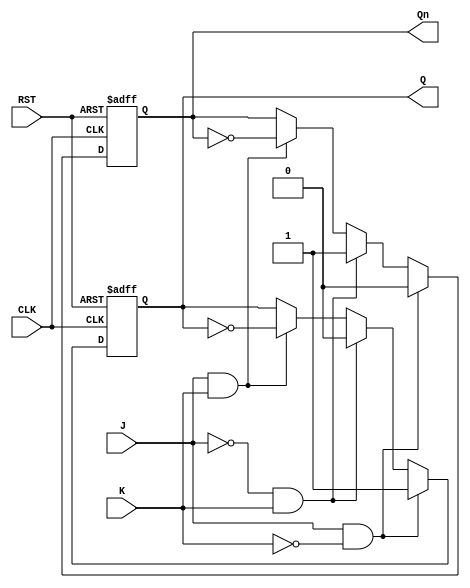
module jk_latch(
    input J, K, CLK, RST,
    output reg Q, Qn
);

// Implementing JK latch functionality
always @(posedge CLK or posedge RST)
begin
    if(RST)
    begin
        Q <= 1'b0;
        Qn <= 1'b1;
    end
    else if(J && !K)
    begin
        Q <= 1'b1;
        Qn <= 1'b0;
    end
    else if(!J && K)
    begin
        Q <= 1'b0;
        Qn <= 1'b1;
    end
    else if(J && K)
    begin
        Q <= ~Q;
        Qn <= ~Qn;
    end
end

endmodule